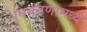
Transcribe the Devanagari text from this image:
नियंत्रणामध्ये